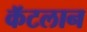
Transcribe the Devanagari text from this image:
कॅटलान